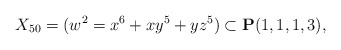
\begin{align*}X_{50}= (w^2=x^6+xy^5+yz^5)\subset {\bf P}(1,1,1,3), \end{align*}